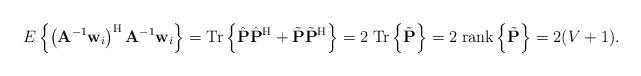
LaTeX: \begin{align*} E\left\{ \left( \mathbf{A}^{-1}\mathbf{w}_i \right)^{\rm H} \mathbf{A}^{-1}\mathbf{w}_i \right\}={\rm Tr}\left\{ \hat{\mathbf{P}}\hat{\mathbf{P}}^{\rm H} + \tilde{\mathbf{P}} \tilde{\mathbf{P}} ^{\rm H} \right\}=2 \; {\rm Tr}\left\{ \tilde{\mathbf{P}} \right\}=2 \; {\rm rank}\left\{ \tilde{\mathbf{P}} \right\}=2(V+1).\end{align*}